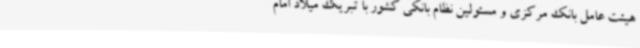
هیئت عامل بانک مرکزی و مسئولین نظام بانکی کشور با تبریک میلاد امام